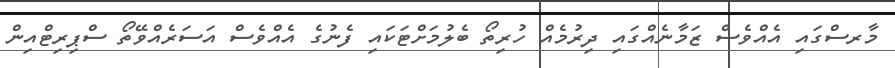
މާރސްގައި އެއްވެސް ޒަމާނެއްގައި ދިރުމެއް ހުރިތޯ ބެލުމަށްޓަކައި ފެނުގެ އެއްވެސް އަސަރެއްވޭތޯ ސްޕިރިޓްއިން